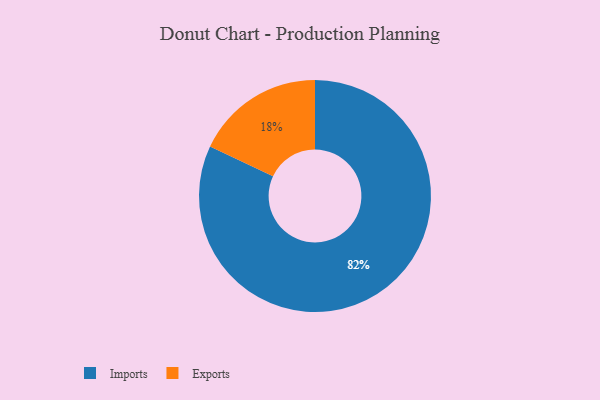
{"axis": {"x": "Category", "y": "Percentage"}, "legend": ["Exports", "Imports"], "data": [{"x": "Imports", "y": 82, "type": "Imports"}, {"x": "Exports", "y": 18, "type": "Exports"}]}